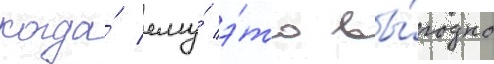
когда́ ему́ э́то вы́годно